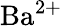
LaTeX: \mathrm{Ba}^{2+}